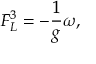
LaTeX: F _ { L } ^ { 3 } = - \frac { 1 } { g } \omega ,